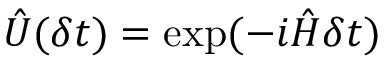
\hat { U } ( \delta t ) = \exp ( - i \hat { H } \delta t )